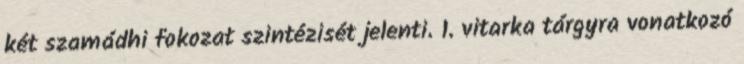
két szamádhi fokozat szintézisét jelenti. 1. vitarka tárgyra vonatkozó